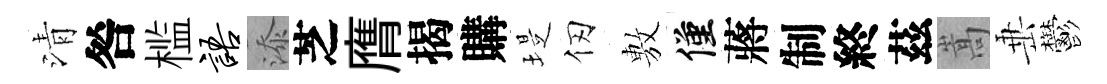
清咎槛语添芝膺揭購堤仞𢾾僅蔣制終茲嵩𡸁鬱